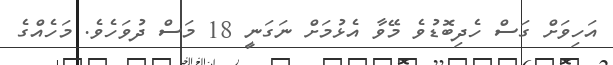
އަހިވަށް ގަސް ހެދިބޮޑުވެ މޭވާ އެޅުމަށް ނަގަނީ 18 މަސް ދުވަހެވެ. މަހެއްގެ